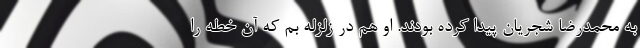
به محمدرضا شجریان پیدا کرده بودند. او هم در زلزله بم که آن خطه را